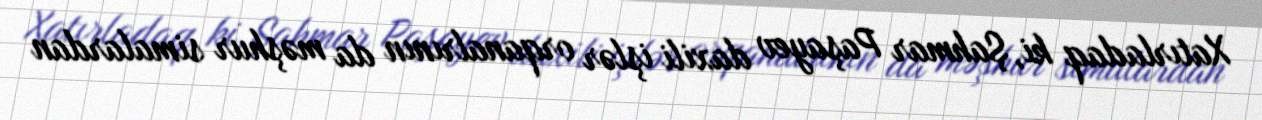
Xatırladaq ki, Şahmar Paşayev daxili işlər orqanalrının da məşhur simalardan